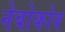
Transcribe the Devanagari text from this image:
नेबोकोव